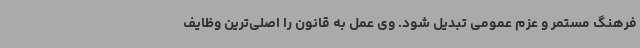
فرهنگ مستمر و عزم عمومی تبدیل شود. وی عمل به قانون را اصلی‌ترین وظایف